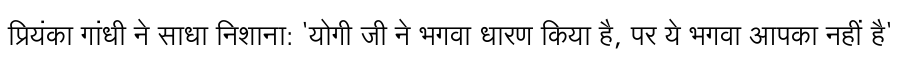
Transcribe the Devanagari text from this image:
प्रियंका गांधी ने साधा निशाना: 'योगी जी ने भगवा धारण किया है, पर ये भगवा आपका नहीं है'